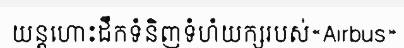
យន្តហោះដឹកទំនិញទំហំយក្សរបស់«Airbus»